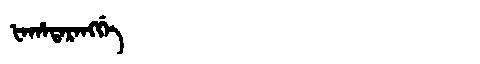
Manchu: ᡶᠠᡥᠠᡨᠠᡵᠠᠩᡤᡝ
Romanization: FAHATARANGGE